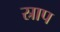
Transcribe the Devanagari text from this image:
स्राप